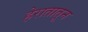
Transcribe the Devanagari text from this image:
हेरातातून